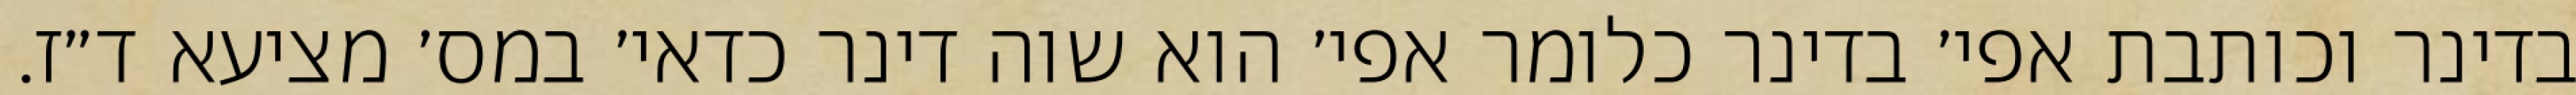
בדינר וכותבת אפי׳ בדינר כלומר אפי׳ הוא שוה דינר כדאי׳ במס׳ מציעא ד״ז.